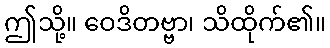
ဤသို့။ ဝေဒိတဗ္ဗာ၊ သိထိုက်၏။